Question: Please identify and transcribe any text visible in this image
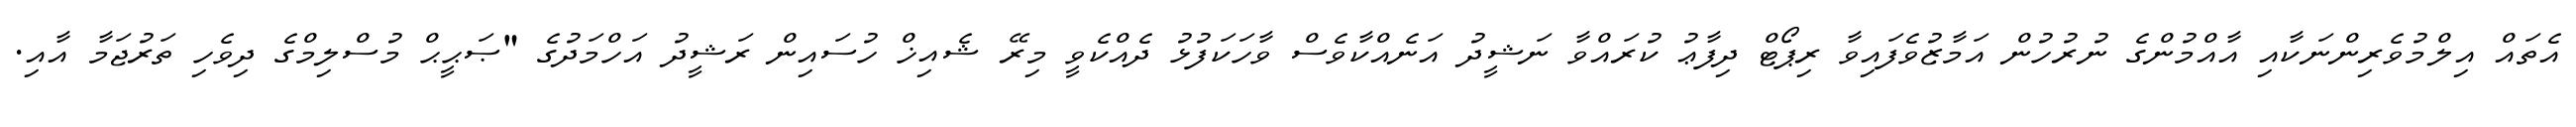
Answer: އެތައް އިލްމުވެރިންނަކާއި އާއްމުންގެ ނުރުހުން އަމާޒުވެފައިވާ ރިޕޯޓް ދިފާޢު ކުރައްވާ ނަޝީދު އަނެއްކާވެސް ވާހަކަފުޅު ދެއްކެވީ މިރޭ ޝެއިޚް ހުސައިން ރަޝީދު އަހްމަދުގެ "ޞަޙީޙް މުސްލިމްގެ ދިވެހި ތަރުޖަމާ އާއި.